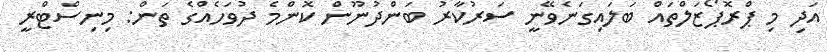
އަދި މި ޕްރޮޕޯޒަލްތައް ބަލައިގަނެވޭނީ ސަރުކާރު ބަންދުނޫން ކޮންމެ ދުވަހެއްގެ ތަން: މިނިސްޓްރީ